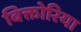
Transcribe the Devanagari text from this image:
बिक्तोरिया